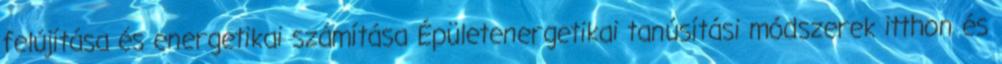
felújítása és energetikai számítása Épületenergetikai tanúsítási módszerek itthon és